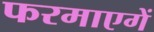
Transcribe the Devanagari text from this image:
फरमाएगें